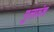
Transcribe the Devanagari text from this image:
गुलावंश